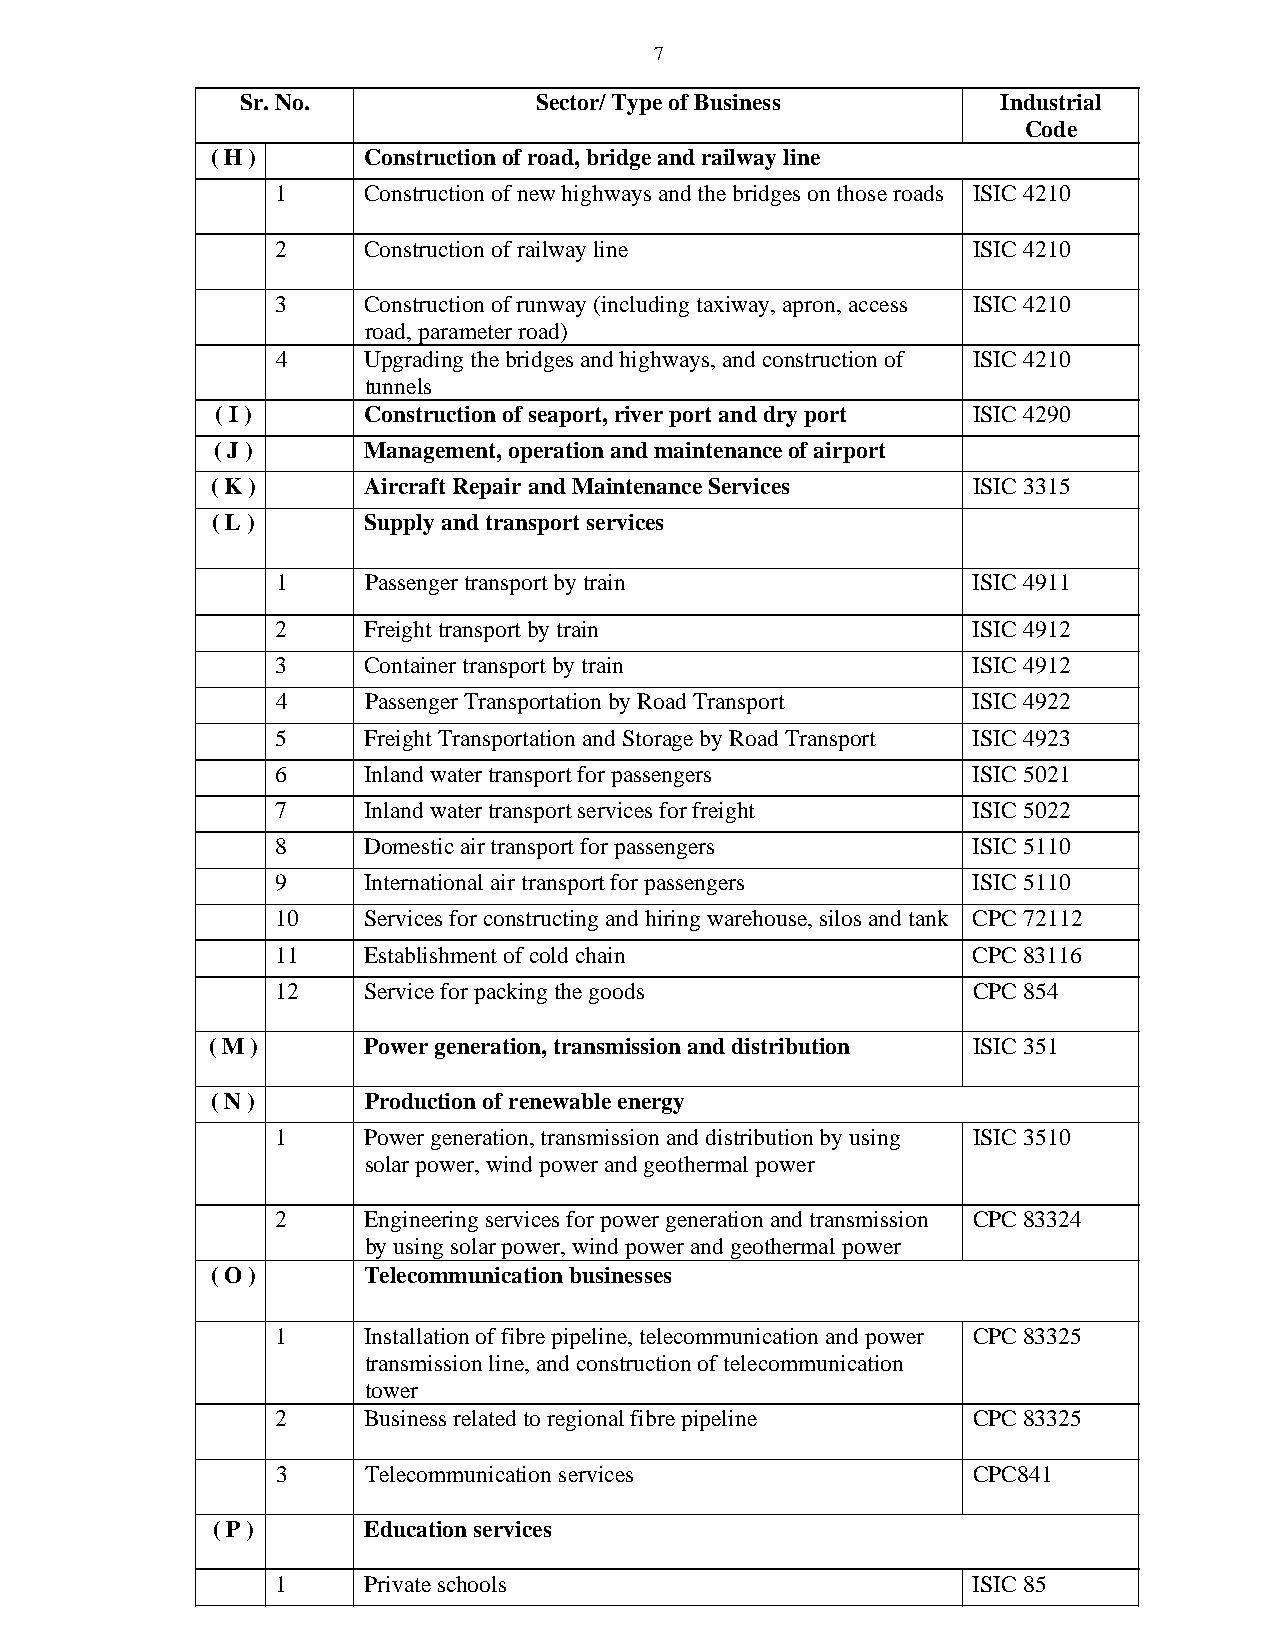
7
 Sr. No.            Sector/ Type of Business       Industrial
 Code
 ( H )     Construction of road, bridge and railway line
 1     Construction of new highways and the bridges on those roads ISIC 4210
 2     Construction of railway line            ISIC 4210
 3     Construction of runway (including taxiway, apron, access ISIC 4210
 road, parameter road)
 4     Upgrading the bridges and highways, and construction of ISIC 4210
 tunnels
 ( I )     Construction of seaport, river port and dry port ISIC 4290
 ( J )     Management, operation and maintenance of airport
 ( K )     Aircraft Repair and Maintenance Services ISIC 3315
 ( L )     Supply and transport services
 1     Passenger transport by train            ISIC 4911
 2     Freight transport by train              ISIC 4912
 3     Container transport by train            ISIC 4912
 4     Passenger Transportation by Road Transport ISIC 4922
 5     Freight Transportation and Storage by Road Transport ISIC 4923
 6     Inland water transport for passengers   ISIC 5021
 7     Inland water transport services for freight ISIC 5022
 8     Domestic air transport for passengers   ISIC 5110
 9     International air transport for passengers ISIC 5110
 10    Services for constructing and hiring warehouse, silos and tank CPC 72112
 11    Establishment of cold chain             CPC 83116
 12    Service for packing the goods           CPC 854
 ( M )     Power generation, transmission and distribution ISIC 351
 ( N )     Production of renewable energy
 1     Power generation, transmission and distribution by using ISIC 3510
 solar power, wind power and geothermal power
 2     Engineering services for power generation and transmission CPC 83324
 by using solar power, wind power and geothermal power
 ( O )     Telecommunication businesses
 1     Installation of fibre pipeline, telecommunication and power CPC 83325
 transmission line, and construction of telecommunication
 tower
 2     Business related to regional fibre pipeline CPC 83325
 3     Telecommunication services              CPC841
 ( P )     Education services
 1     Private schools                         ISIC 85